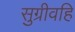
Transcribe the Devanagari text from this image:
सुग्रीवहि